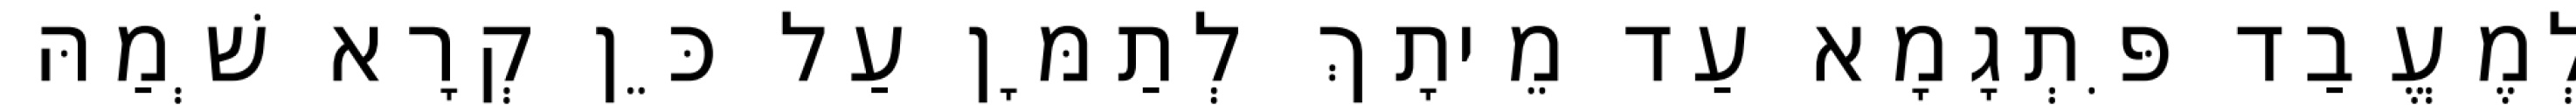
לְמֶעֱבַד פִּתְגָמָא עַד מֵיתָךְ לְתַמָּן עַל כֵּן קְרָא שְׁמַהּ